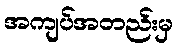
အကျပ်အတည်းမှ